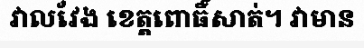
វាលវែង ខេត្តពោធិ៍សាត់។ វាមាន